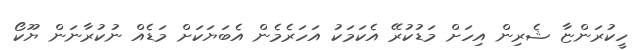
ހީކުރަންޏާ ޝެރިން އިހަށް މަޑުކުރޭ އެކަމަކު އަހަރެމެން އެބަޔަކަށް މަޑެއް ނުކުރާނަން ޔޫކޯ